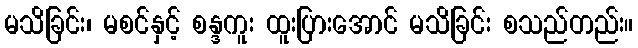
မသိခြင်း၊ မစင်နှင့် စန္ဒကူး ထူးပြားအောင် မသိခြင်း စသည်တည်း။